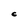
Character: C